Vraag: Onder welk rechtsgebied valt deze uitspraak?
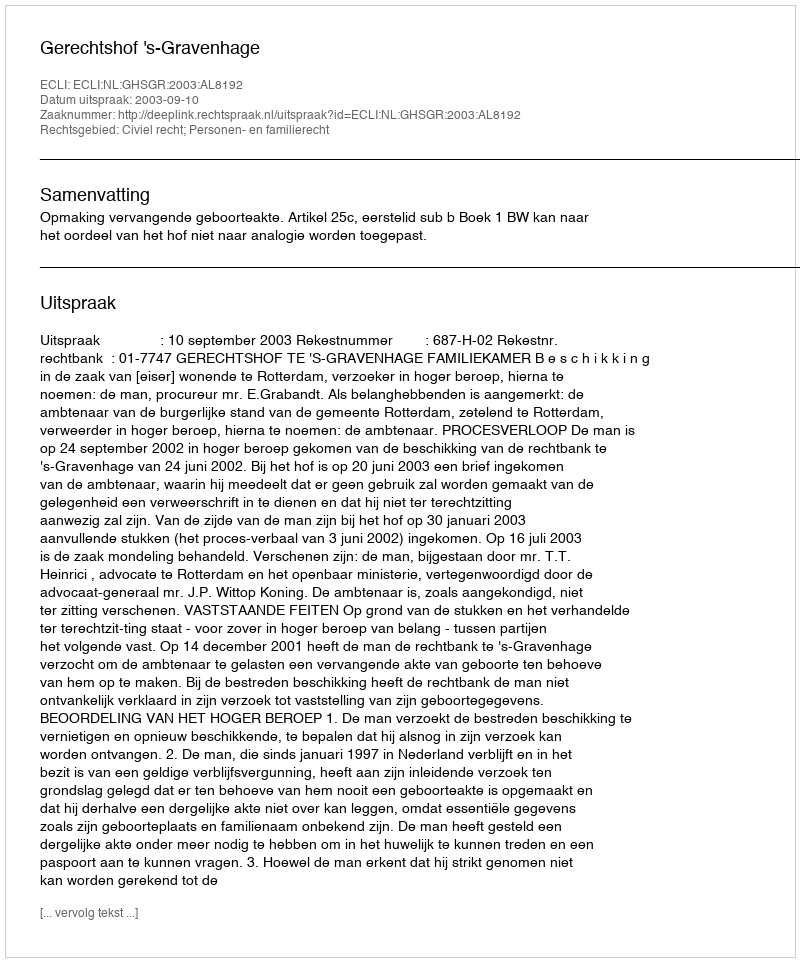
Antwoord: Civiel recht; Personen- en familierecht